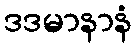
ဒဒမာနာနံ